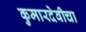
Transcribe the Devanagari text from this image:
कुमारदेवीचा